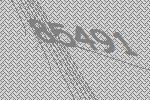
85491